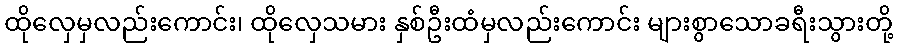
ထိုလှေမှလည်းကောင်း၊ ထိုလှေသမား နှစ်ဦးထံမှလည်းကောင်း များစွာသောခရီးသွားတို့